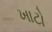
ખાટો